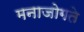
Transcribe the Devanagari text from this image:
मनाजोगते